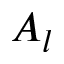
A _ { l }